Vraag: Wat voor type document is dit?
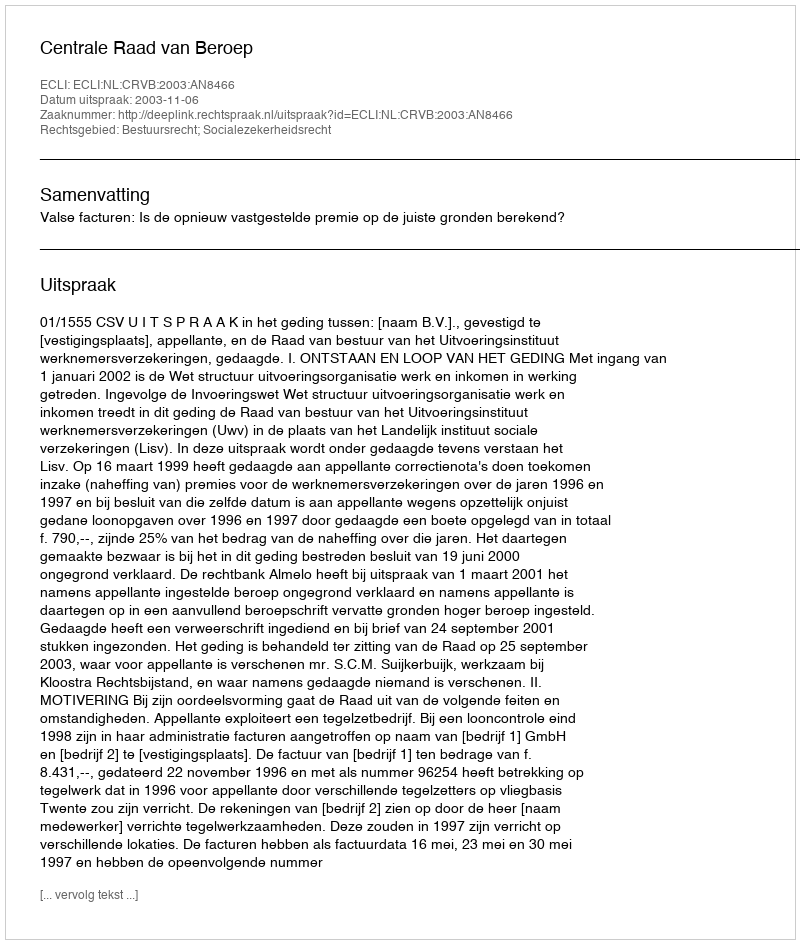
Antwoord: Uitspraak